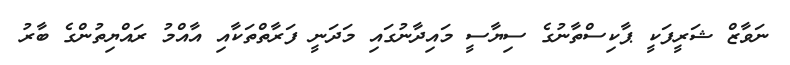
ނަވާޒް ޝަރީފަކީ ޕާކިސްތާނުގެ ސިޔާސީ މައިދާނުގައި މަދަނީ ފަރާތްތަކާއި އާއްމު ރައްޔިތުންގެ ބާރު